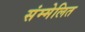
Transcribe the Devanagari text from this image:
संम्मेलित